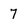
Character: 7